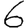
Digit: 6